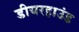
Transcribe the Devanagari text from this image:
डीयरहाउंड